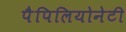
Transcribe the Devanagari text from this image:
पैपिलियोनेटी